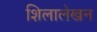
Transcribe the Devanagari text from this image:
शिलालेखन